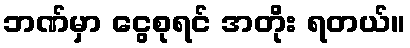
ဘဏ်မှာ ငွေစုရင် အတိုး ရတယ်။